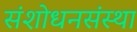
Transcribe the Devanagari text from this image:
संशोधनसंस्था